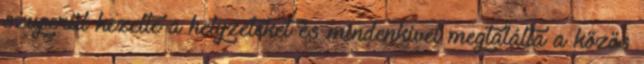
szuperül kezelte a helyzeteket és mindenkivel megtalálta a közös